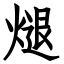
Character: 煺